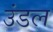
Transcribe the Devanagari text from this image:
उंडल